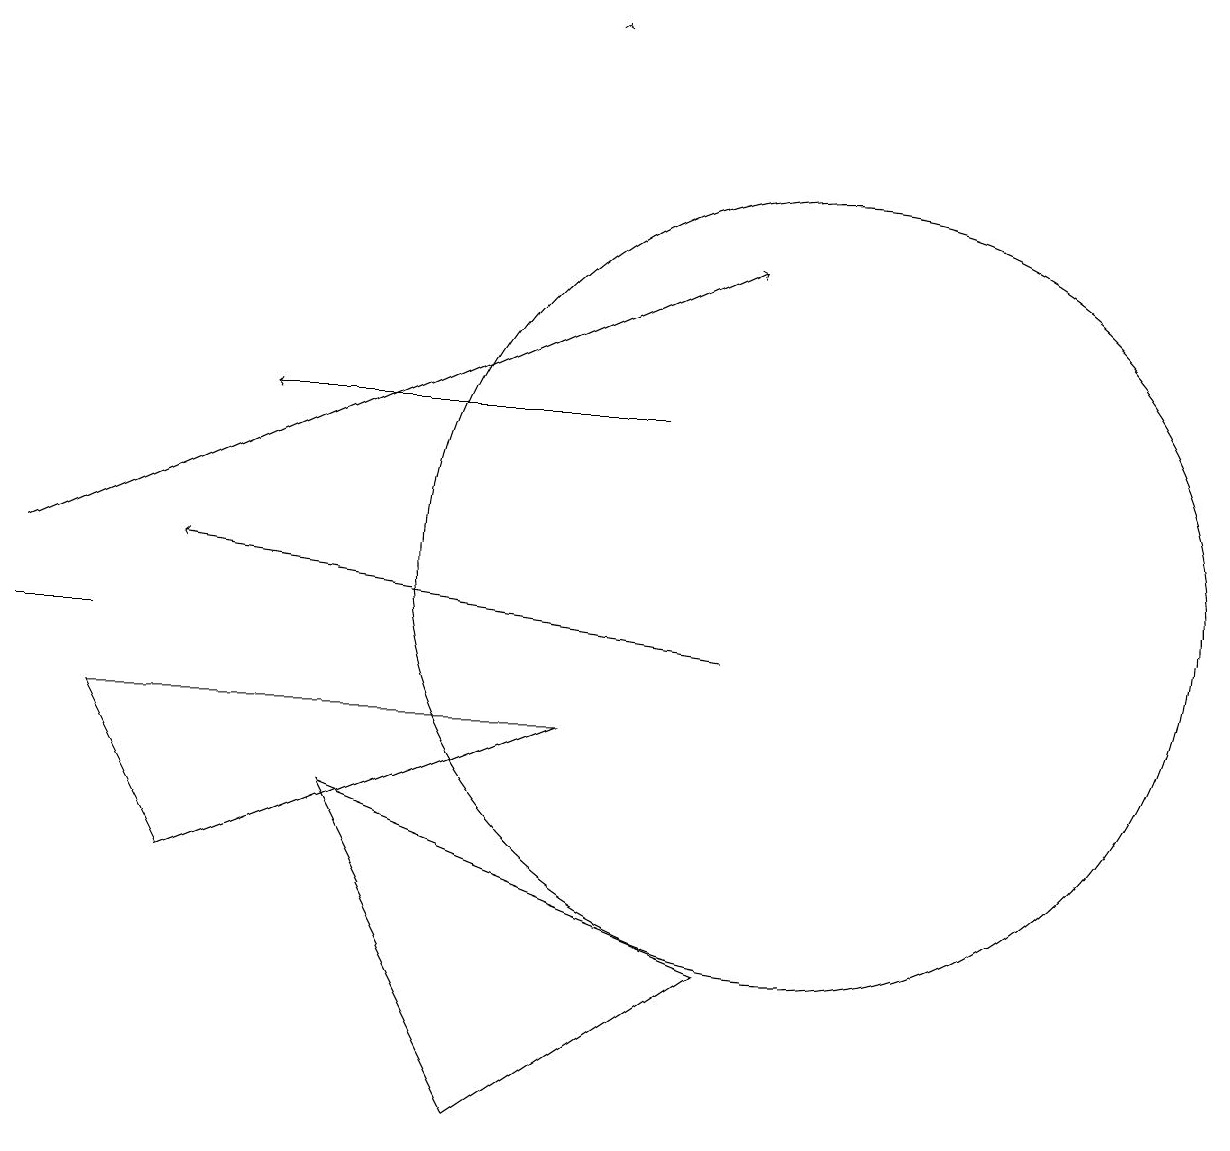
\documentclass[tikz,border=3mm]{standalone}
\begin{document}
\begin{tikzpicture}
\draw[->] (9,10) -- (2,11);
\draw[->] (8,13) -- (3,13);
\draw (2,7) -- (7,9) -- (1,9) -- cycle;
\draw[->] (0,11) -- (9,15);
\draw (6,4) -- (4,8) -- (9,6) -- cycle;
\draw[->] (7,18) -- (7,18);
\draw (10,11) circle (5);
\draw (0,10) rectangle (1,10);
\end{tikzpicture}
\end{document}